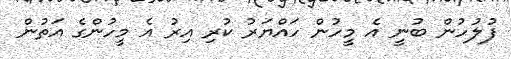
ފުލުހުން ބުނީ އެ މީހުން ހައްޔަރު ކުރި އިރު އެ މީހުންގެ އަތުން